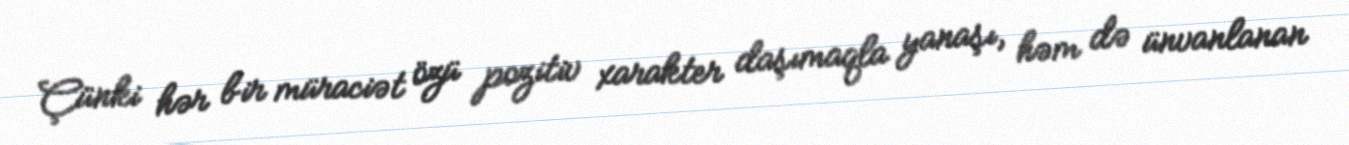
Çünki hər bir müraciət özü pozitiv xarakter daşımaqla yanaşı, həm də ünvanlanan